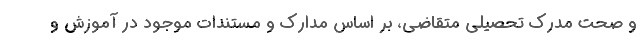
و صحت مدرک تحصیلی متقاضی، بر اساس مدارک و مستندات موجود در آموزش و